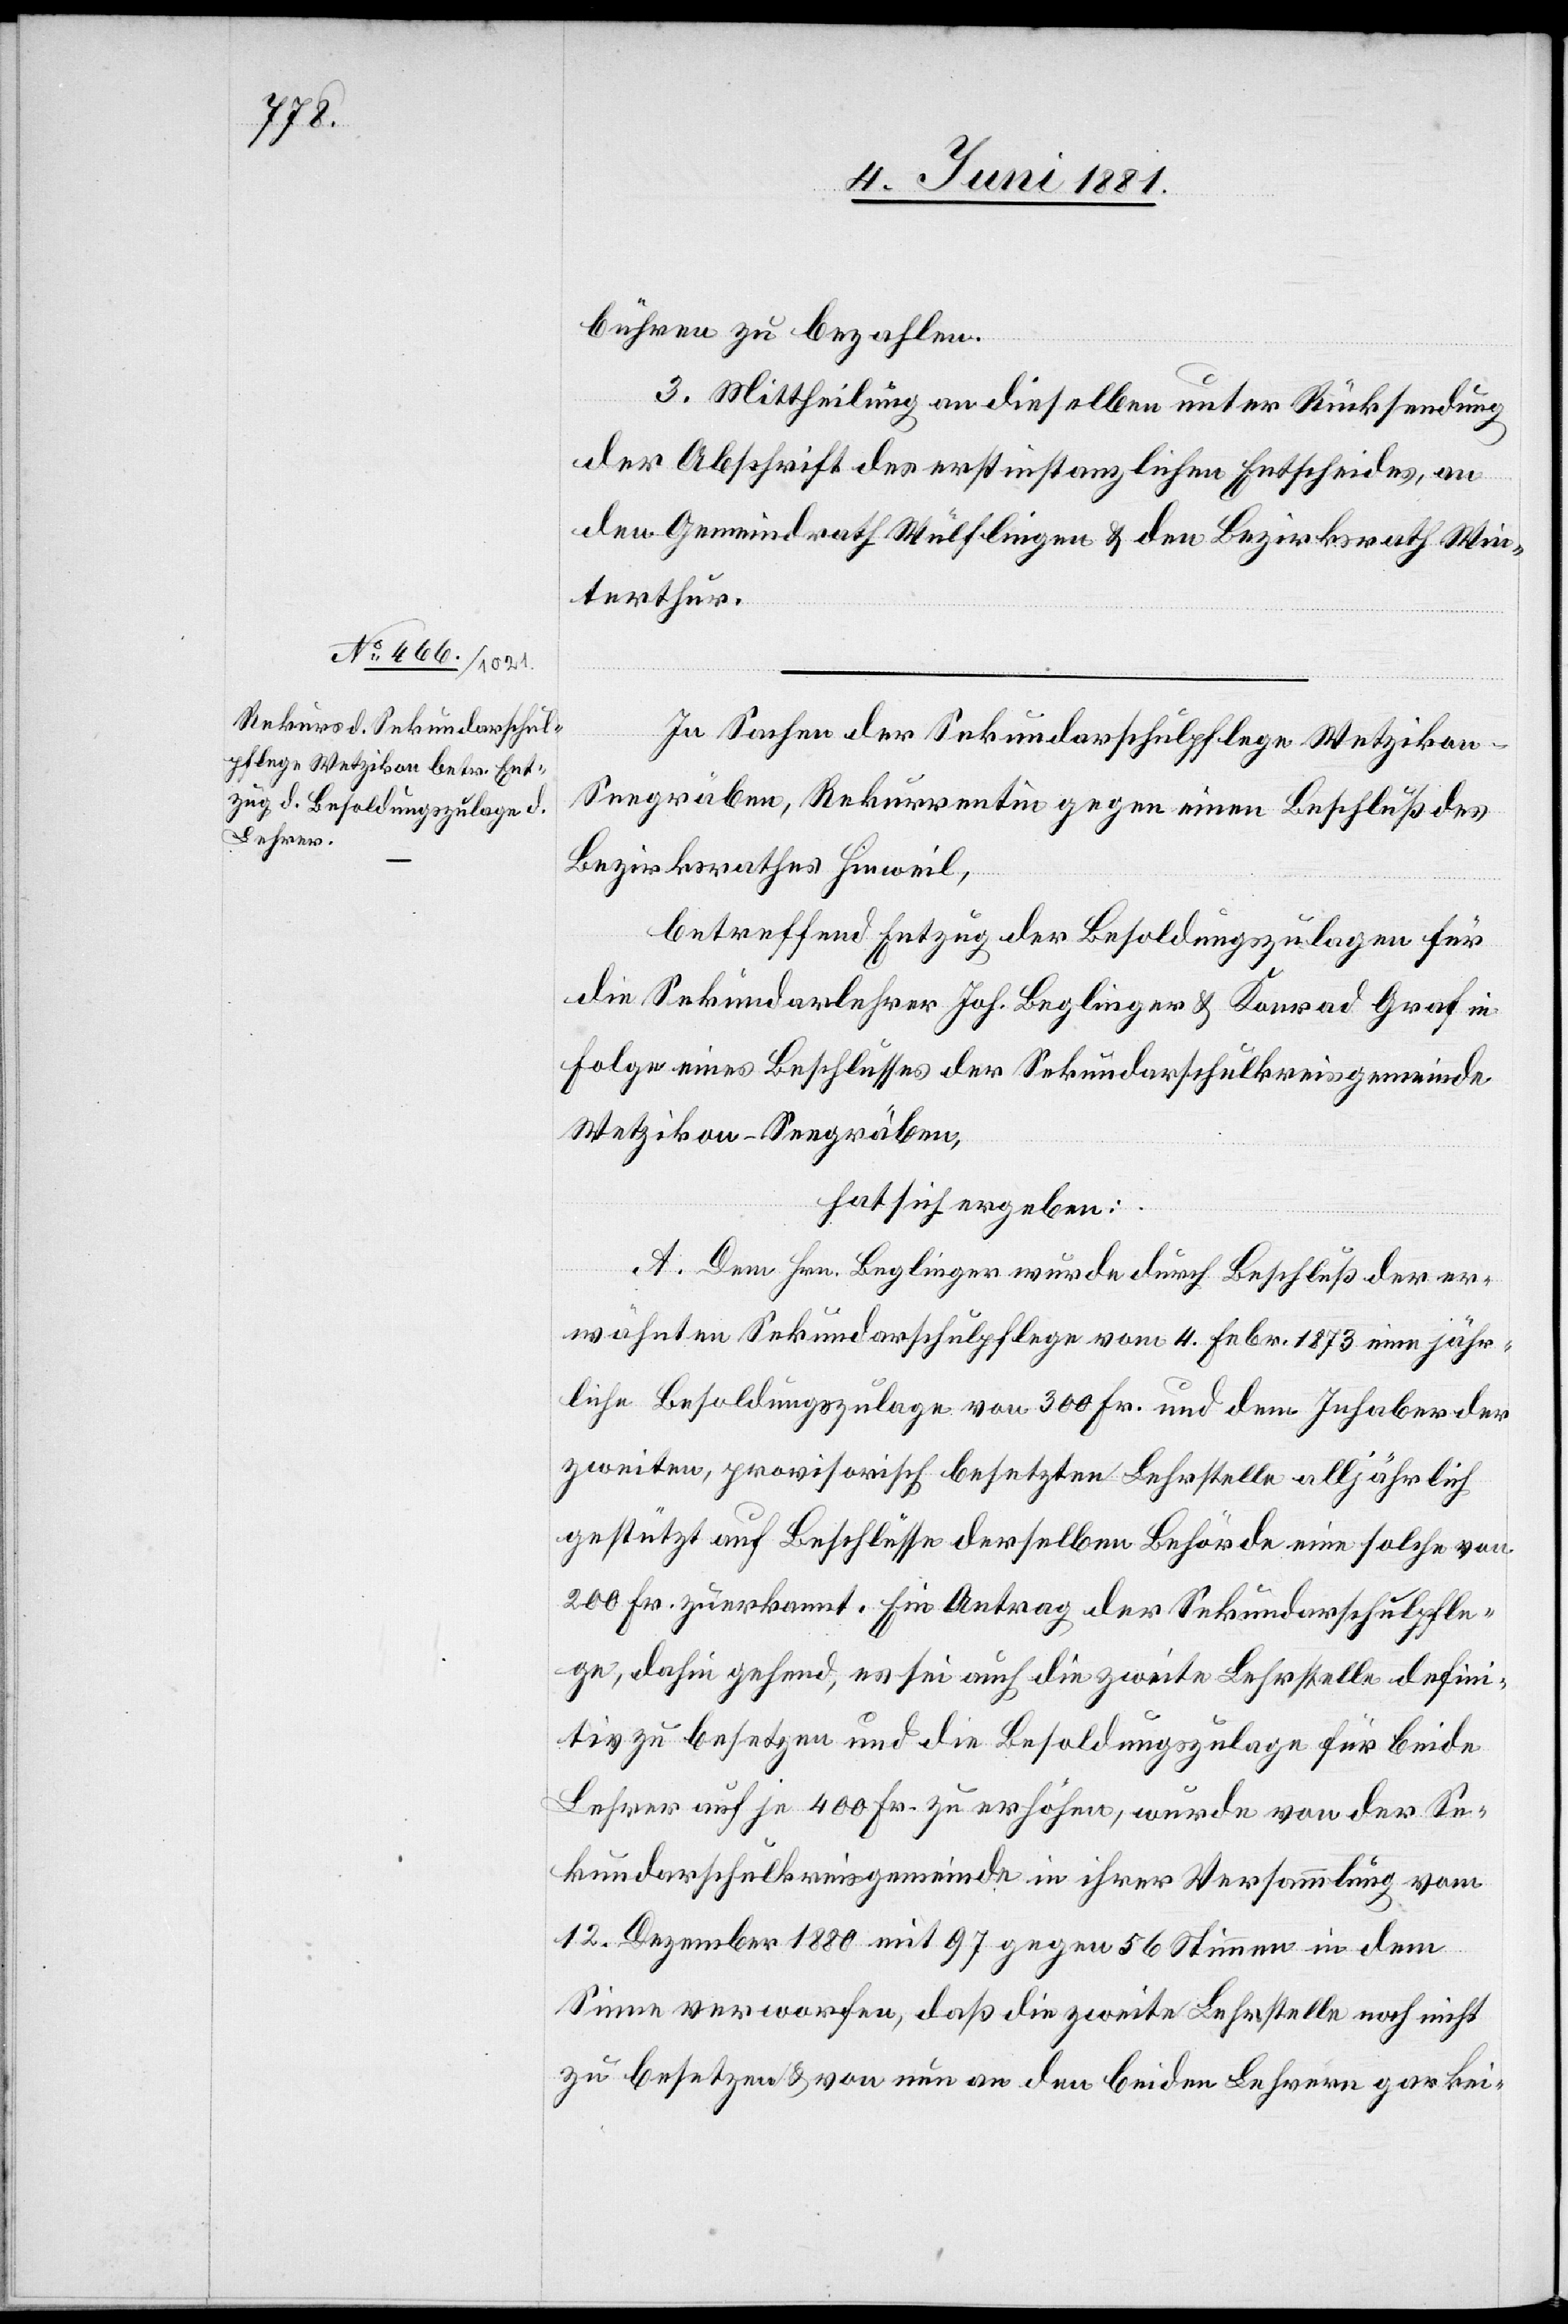
bühren zu bezahlen.
3. Mittheilung an dieselben unter Rücksendung
der Abschrift des erstinstanzlichen Entscheides, an
den Gemeindrath Wülflingen & den Bezirksrath Win¬
terthur.
In Sachen der Sekundarschulpflege Wetzikon-S¬
eegräben, Rekurrentin gegen einen Beschluß des
Bezirksrathes Hinweil,
betreffend Entzug der Besoldungszulagen für
die Sekundarlehrer Joh. Beglinger & Konrad Graf in
Folge eines Beschlusses der Sekundarschulkreisgemeinde
Wetzikon-Seegräben,
hat sich ergeben:
A. Dem Hrn. Beglinger wurde durch Beschluß der er¬
wähnten Sekundarschulpflege vom 4. Febr. 1873 eine jähr¬
liche Besoldungszulage von 300 Fr. und dem Inhaber der
zweiten, provisorisch besetzten Lehrstelle alljährlich
gestützt auf Beschlüsse derselben Behörde eine solche von
200 Fr. zuerkannt. Ein Antrag der Sekundarschulpfle¬
ge, dahin gehend, es sei auch die zweite Lehrstelle defini¬
tiv zu besetzten und die Besoldungszulage für beide
Lehrer auf je 400 Fr. zu erhöhen, wurde von der Se¬
kundarschulkreisgemeinde in ihrer Versammlung vom
12. Dezember 1880 mit 97 gegen 56 Stimmen in dem
Sinne verworfen, daß die zweite Lehrstelle noch nicht
zu besetzen & von nun an den beiden Lehrern gar kei-